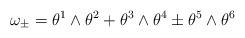
LaTeX: \begin{align*}\omega_{\pm}=\theta^1\wedge\theta^2+\theta^3\wedge\theta^4\pm\theta^5\wedge\theta^6\end{align*}